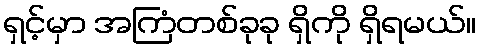
ရှင့်မှာ အကြံတစ်ခုခု ရှိကို ရှိရမယ်။